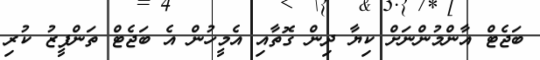
ބަޖެޓް އާންމުންނަށް ކިޔާ ދިން ގޮތާއި އެމީހުން އެ ބަޖެޓް ތަންފީޒު ކުރި